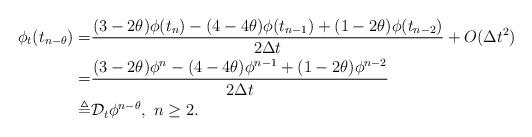
LaTeX: \begin{align*}\phi_t(t_{n-\theta})=&\frac{(3-2\theta)\phi(t_{n})-(4-4\theta)\phi(t_{n-1})+(1-2\theta)\phi(t_{n-2})}{2\Delta t}+O(\Delta t^2)\\=&\frac{(3-2\theta)\phi^{n}-(4-4\theta)\phi^{n-1}+(1-2\theta)\phi^{n-2}}{2\Delta t}\\\triangleq&\mathcal{D}_t\phi^{n-\theta},~n\geq2.\end{align*}